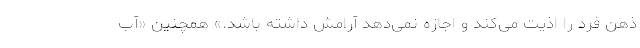
ذهن فرد را اذیت می‌کند و اجازه نمی‌دهد آرامش داشته باشد.» همچنین «آب